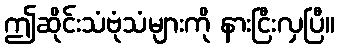
ဤဆိုင်းသံဗုံသံများကို နားငြီးလှပြီ။